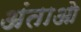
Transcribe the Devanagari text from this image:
अंताओ